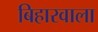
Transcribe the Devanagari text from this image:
बिहारवाला